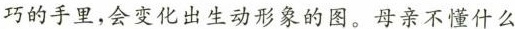
巧的手里，会变化出生动形象的图。母亲不懂什么